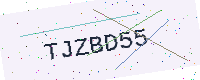
Text: TJZBD55